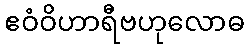
ဧဝံဝိဟာရီဗဟုလောဓ